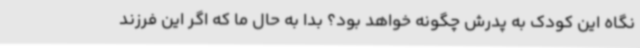
نگاه این کودک به پدرش چگونه خواهد بود؟ بدا به حال ما که اگر این فرزند